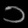
Digit: ၁